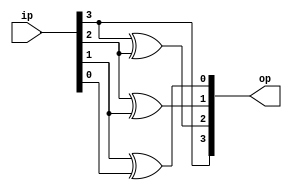
module bcd_to_gray(op,ip);
	input [3:0] ip;
	output [3:0] op;
	//Gate Level
	assign op[3]=ip[3];
	xor x1(op[2],ip[3],ip[2]);
	xor x2(op[1],ip[2],ip[1]);
	xor x3(op[0],ip[1],ip[0]);
	
	//Data Flow
	/*
		assign op[3]=ip[3];
		assign op[2]=ip[2]^ip[3];
		assign op[1]=ip[2]^ip[1];
		assign op[0]=ip[1]^ip[0];
	*/
endmodule